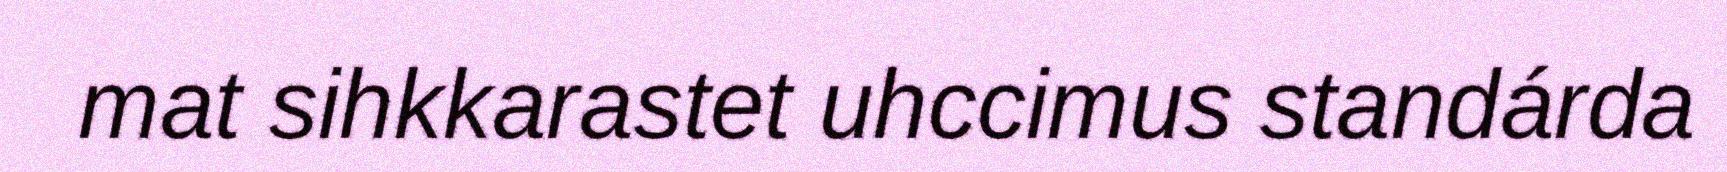
mat sihkkarastet uhccimus standárda